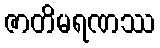
ဇာတိမရဏဿ